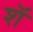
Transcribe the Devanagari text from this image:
शॅ